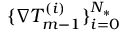
\{ \nabla T _ { m - 1 } ^ { ( i ) } \} _ { i = 0 } ^ { { N _ { * } } }